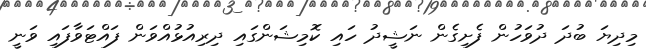
މިދިޔަ ބުދަ ދުވަހުން ފެށިގެން ނަޝީދު ހައި ކޮމިޝަންގައި ދިރިއުޅުއްވަން ފައްޓަވާފައި ވަނީ